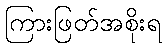
ကြားဖြတ်အစိုးရ